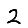
Digit: 2